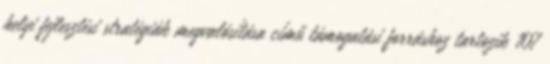
helyi fejlesztési stratégiák megvalósítása című támogatási forráshoz tartozik 107